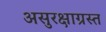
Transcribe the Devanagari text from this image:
असुरक्षाग्रस्त